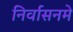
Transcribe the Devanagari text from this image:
निर्वासनमे